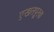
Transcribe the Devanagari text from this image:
एखतपूरचा